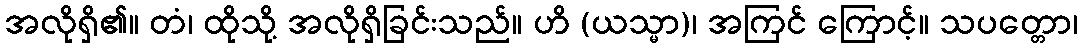
အလိုရှိ၏။ တံ၊ ထိုသို့ အလိုရှိခြင်းသည်။ ဟိ (ယသ္မာ)၊ အကြင် ကြောင့်။ သပတ္တော၊